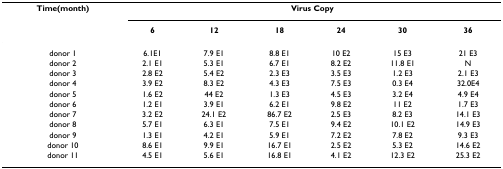
<table><thead><tr><td><b>Time(month)</b></td><td colspan="6"><b>Virus Copy</b></td></tr><tr><td></td><td><b>6</b></td><td><b>12</b></td><td><b>18</b></td><td><b>24</b></td><td><b>30</b></td><td><b>36</b></td></tr></thead><tbody><tr><td>donor 1</td><td>6.1E1</td><td>7.9 E1</td><td>8.8 E1</td><td>10 E2</td><td>15 E3</td><td>21 E3</td></tr><tr><td>donor 2</td><td>2.1 E1</td><td>5.3 E1</td><td>6.7 E1</td><td>8.2 E2</td><td>11.8 E1</td><td>N</td></tr><tr><td>donor 3</td><td>2.8 E2</td><td>5.4 E2</td><td>2.3 E3</td><td>3.5 E3</td><td>1.2 E3</td><td>2.1 E3</td></tr><tr><td>donor 4</td><td>3.9 E2</td><td>8.3 E2</td><td>4.3 E3</td><td>7.5 E3</td><td>0.3 E4</td><td>32.0E4</td></tr><tr><td>donor 5</td><td>1.6 E2</td><td>44 E2</td><td>1.3 E3</td><td>4.5 E3</td><td>3.2 E4</td><td>4.9 E4</td></tr><tr><td>donor 6</td><td>1.2 E1</td><td>3.9 E1</td><td>6.2 E1</td><td>9.8 E2</td><td>11 E2</td><td>1.7 E3</td></tr><tr><td>donor 7</td><td>3.2 E2</td><td>24.1 E2</td><td>86.7 E2</td><td>2.5 E3</td><td>8.2 E3</td><td>14.1 E3</td></tr><tr><td>donor 8</td><td>5.7 E1</td><td>6.3 E1</td><td>7.5 E1</td><td>9.4 E2</td><td>10.1 E2</td><td>14.9 E3</td></tr><tr><td>donor 9</td><td>1.3 E1</td><td>4.2 E1</td><td>5.9 E1</td><td>7.2 E2</td><td>7.8 E2</td><td>9.3 E3</td></tr><tr><td>donor 10</td><td>8.6 E1</td><td>9.9 E1</td><td>16.7 E1</td><td>2.5 E2</td><td>5.3 E2</td><td>14.6 E2</td></tr><tr><td>donor 11</td><td>4.5 E1</td><td>5.6 E1</td><td>16.8 E1</td><td>4.1 E2</td><td>12.3 E2</td><td>25.3 E2</td></tr></tbody></table>